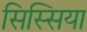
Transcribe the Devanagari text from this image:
सिस्सिया